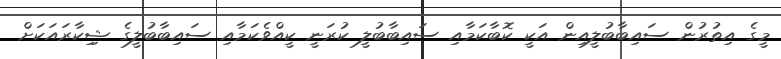
މީގެ އިތުރުން ސައިބާބުލީއިން އަކީ ކޮބާކަމާއި ސައިބާބުލީ ކުރަނީ ކީއްވެކަމާއި ސައިބާބުލީގެ ޝިިކާރައަކަށް